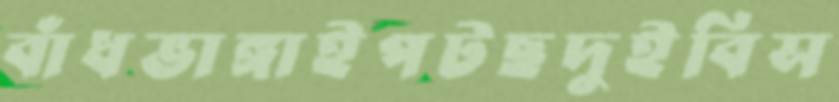
বাঁধভাঙ্গাইপটছদুইবিস